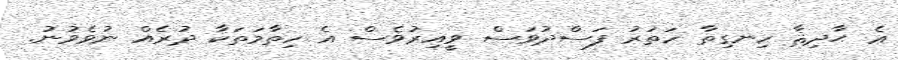
ޢެ ޙާދިޘާ ހިނގިތާ ހަތަރު ފަސްދުވަސް ވީއިރުވެސް އެ ހިތާމަތަކާ ދުރެއް ނުވެވުނު.